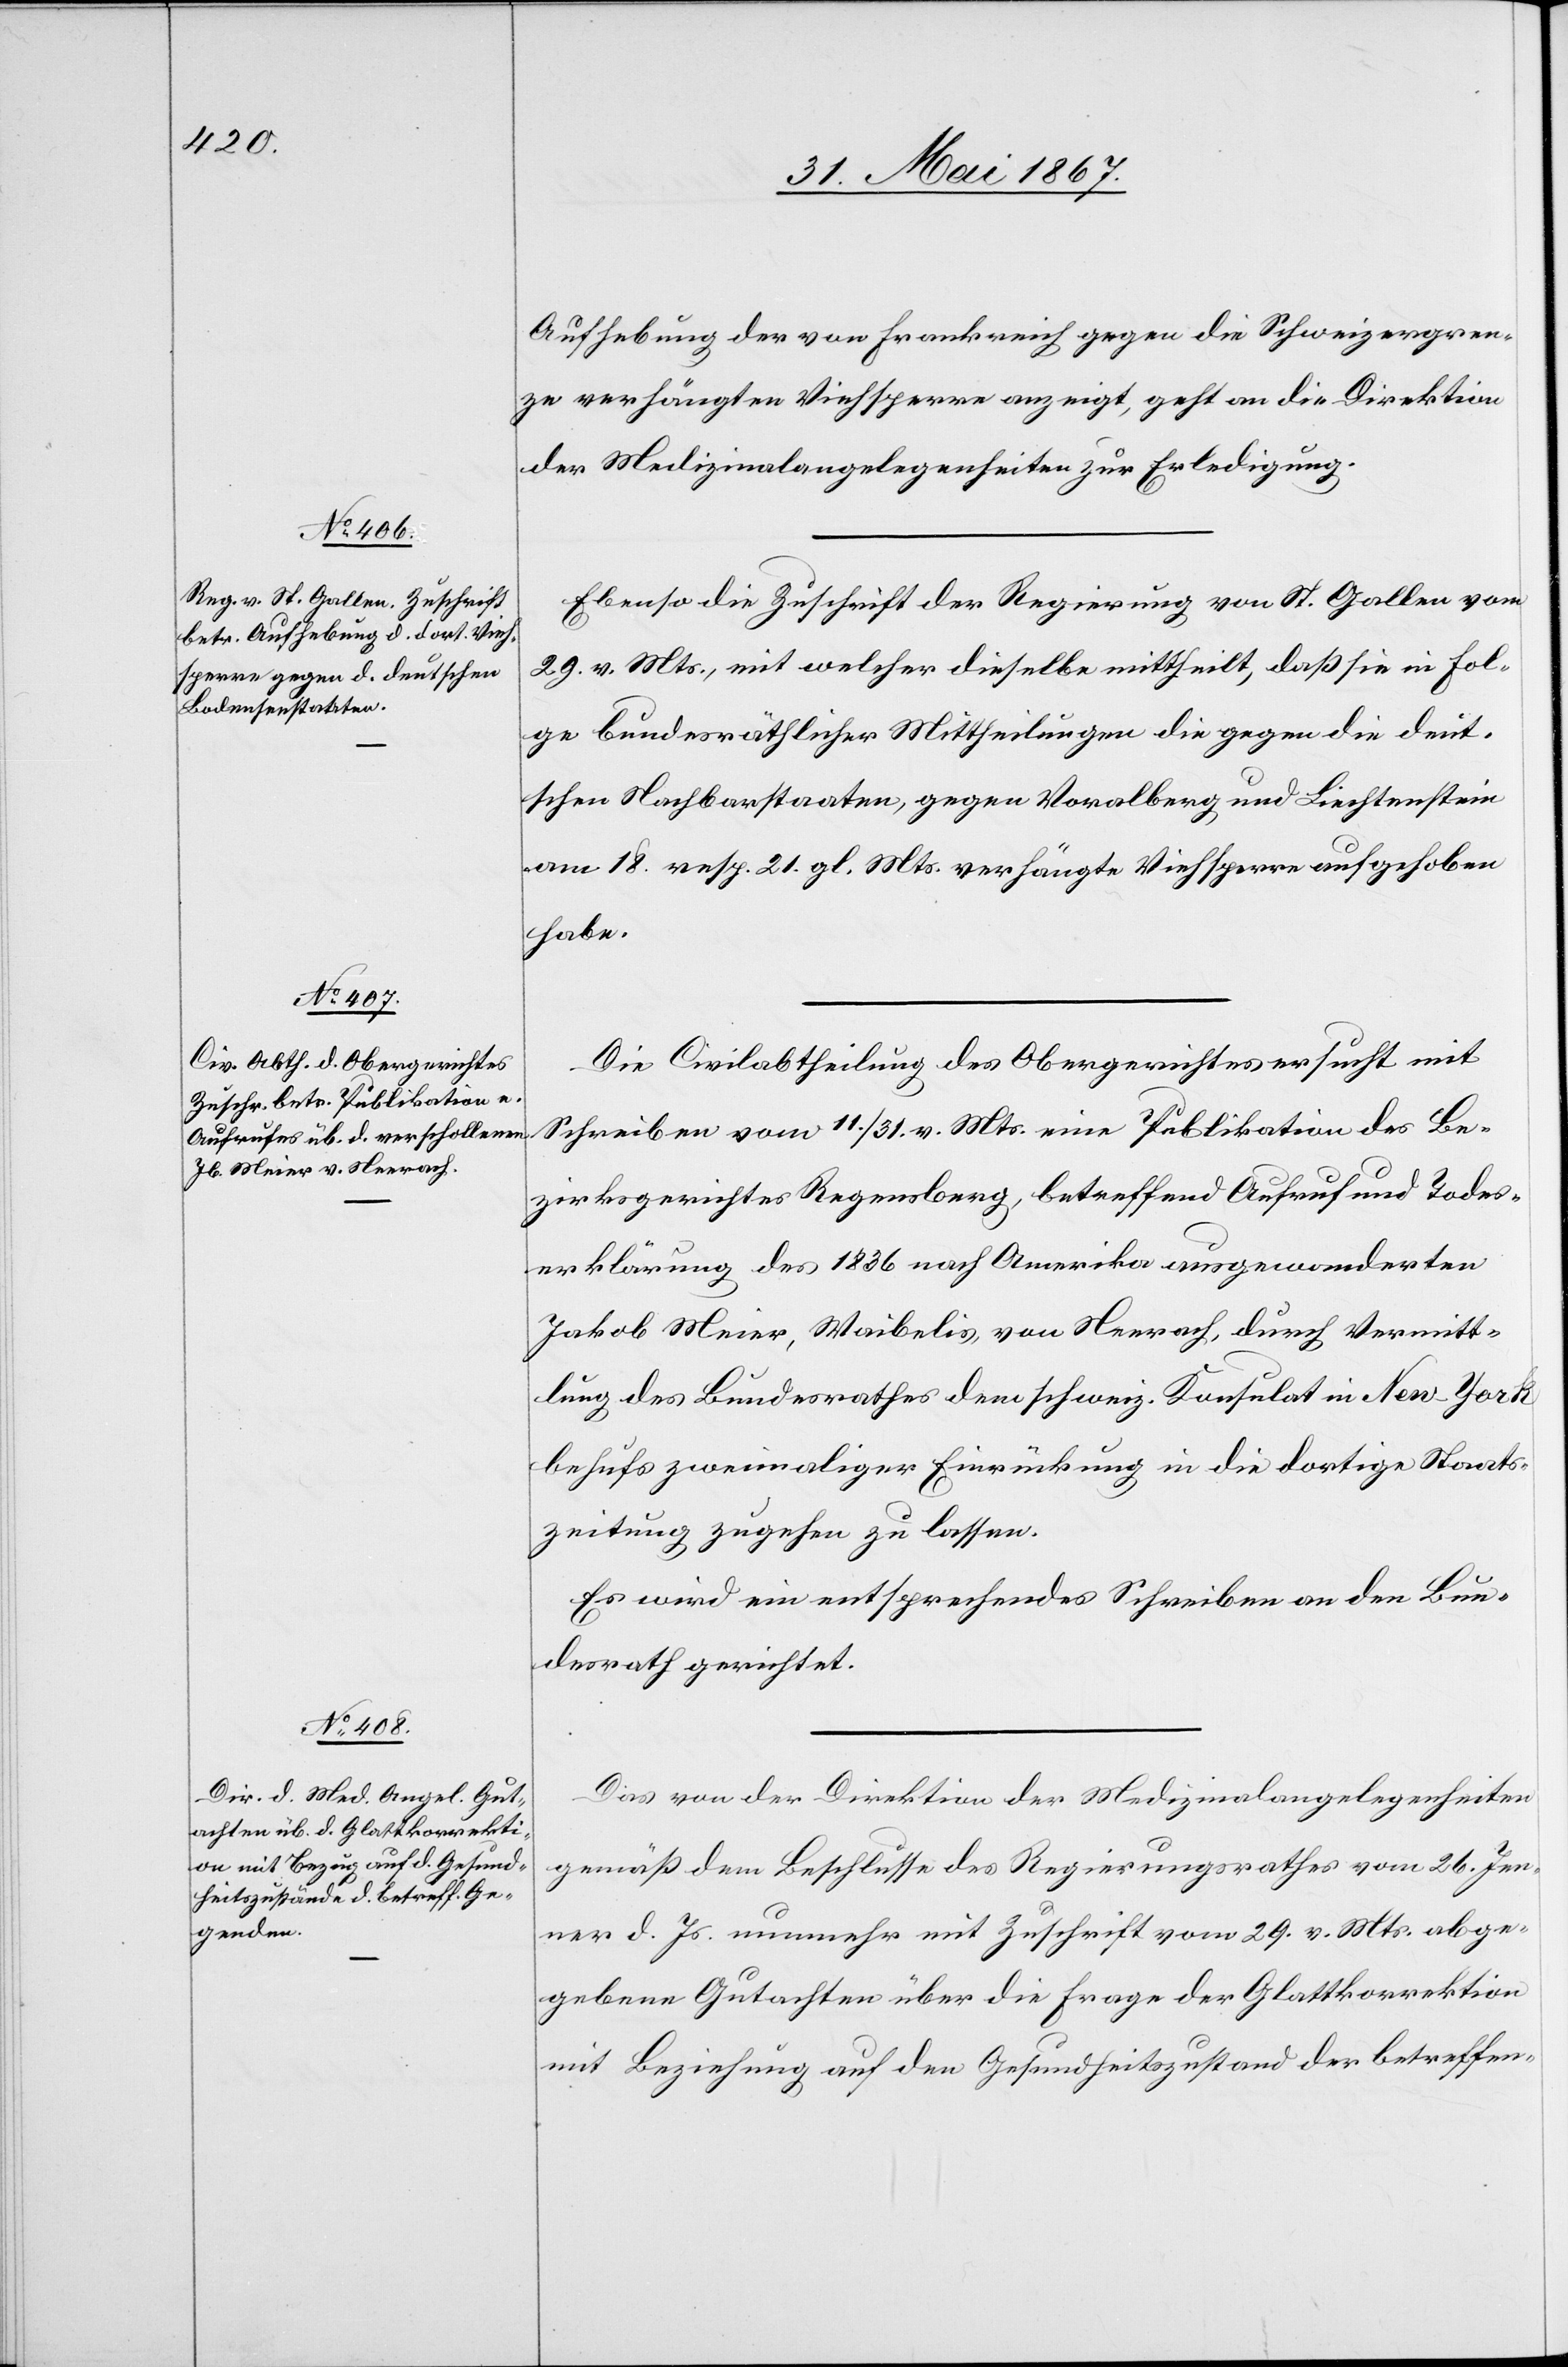
1. Juni 1867.]
Aufhebung der von Frankreich gegen die Schweizergren¬
ze verhängten Viehsperre anzeigt, geht an die Direktion
der Medizinalangelegenheiten zur Erledigung.
Ebenso die Zuschrift der Regierung von St. Gallen vom
29. v. Mts., mit welcher dieselbe mittheilt, daß sie in Fol¬
ge bundesräthlicher Mittheilung die gegen die deut¬
schen Nachbarstaaten, gegen Voralberg und Liechtenstein
am 18. resp. 21. gl. Mts. verhängte Viehsperre aufgehoben
habe.
Die Civilabtheilung des Obergerichtes ersucht mit
Schreiben vom 11. / 31. v. Mts. eine Publikation des Be¬
zirksgerichtes Regensberg, betreffend Aufruf und Todes¬
erklärung des 1836 nach Amerika ausgewanderten
Jakob Meier, Waibelis, von Neerach, durch Vermitt¬
lung des Bundesrathes dem schweiz. Konsulat in New-York
behufs zweimaliger Einrückung in die dortige Staats¬
zeitung zugehen zu lassen.
Es wird ein entsprechendes Schreiben an den Bun¬
desrath gerichtet.
Das von der Direktion der Medizinalangelegenheiten
gemäß dem Beschlusse des Regierungsrathes vom 26. Jen¬
ner d. Js. nunmehr mit Zuschrift vom 29. v. Mts. abge¬
gebene Gutachten über die Frage der Glattkorrektion
mit Beziehung auf den Gesundheitszustand der betreffen-